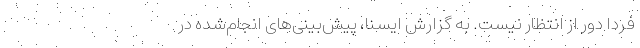
فردا دور از انتظار نیست. به گزارش ایسنا، پیش‌بینی‌های انجام‌شده در